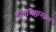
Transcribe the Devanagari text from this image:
स्वाधिष्ठानक्रम